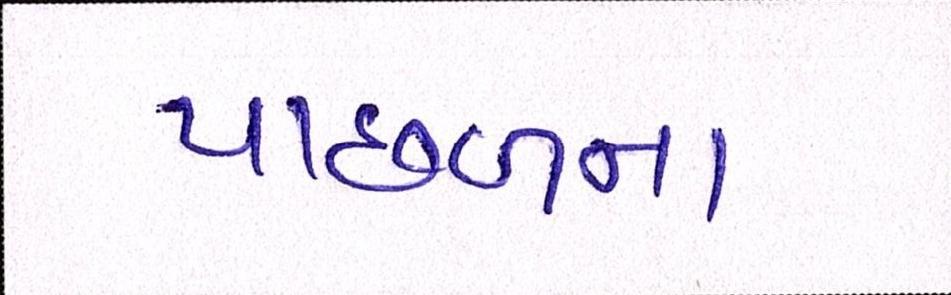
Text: પાછળના